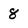
Character: 8